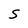
Character: S